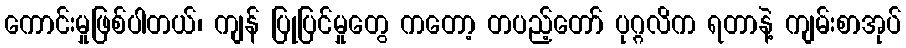
ကောင်းမှုဖြစ်ပါတယ်၊ ကျန် ပြုပြင်မှုတွေ ကတော့ တပည့်တော် ပုဂ္ဂလိက ရတာနဲ့ ကျမ်းစာအုပ်